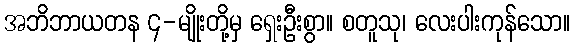
အဘိဘာယတန ၄-မျိုးတို့မှ ရှေးဦးစွာ။ စတူသု၊ လေးပါးကုန်သော။